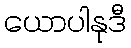
ယောပါနုဒီ